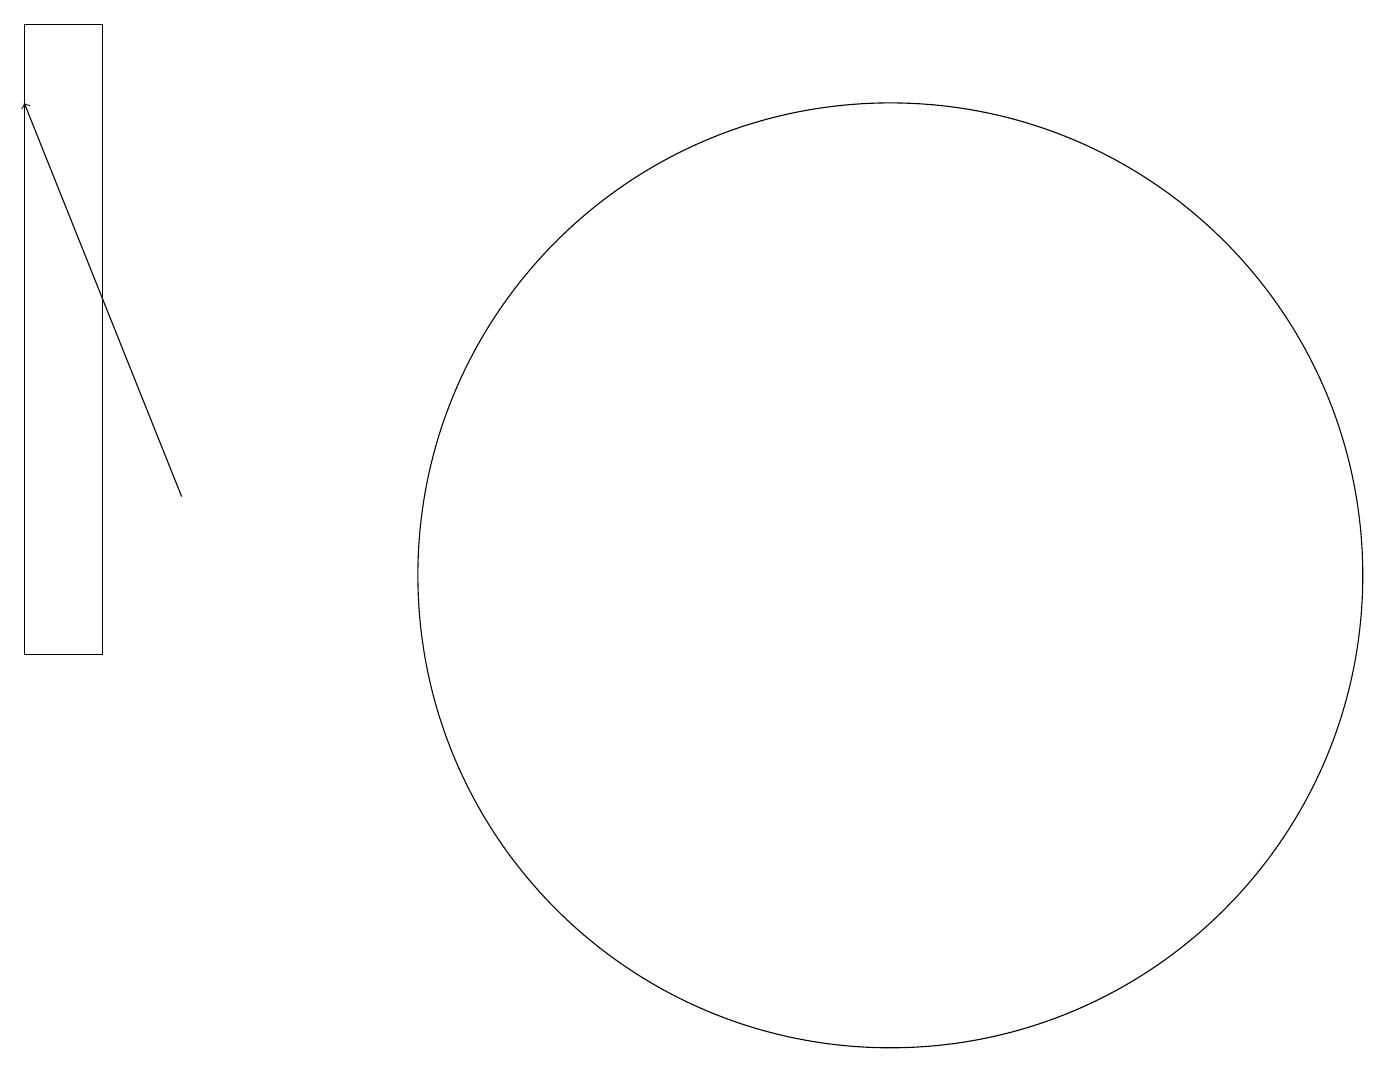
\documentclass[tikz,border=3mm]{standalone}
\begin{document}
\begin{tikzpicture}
\draw[->] (3,12) -- (1,17);
\draw (2,18) rectangle (1,10);
\draw (12,11) circle (6);
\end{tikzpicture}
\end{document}